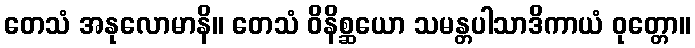
တေသံ အနုလောမာနိ။ တေသံ ဝိနိစ္ဆယော သမန္တပါသာဒိကာယံ ဝုတ္တော။